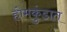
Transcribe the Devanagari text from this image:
होमकुंडात